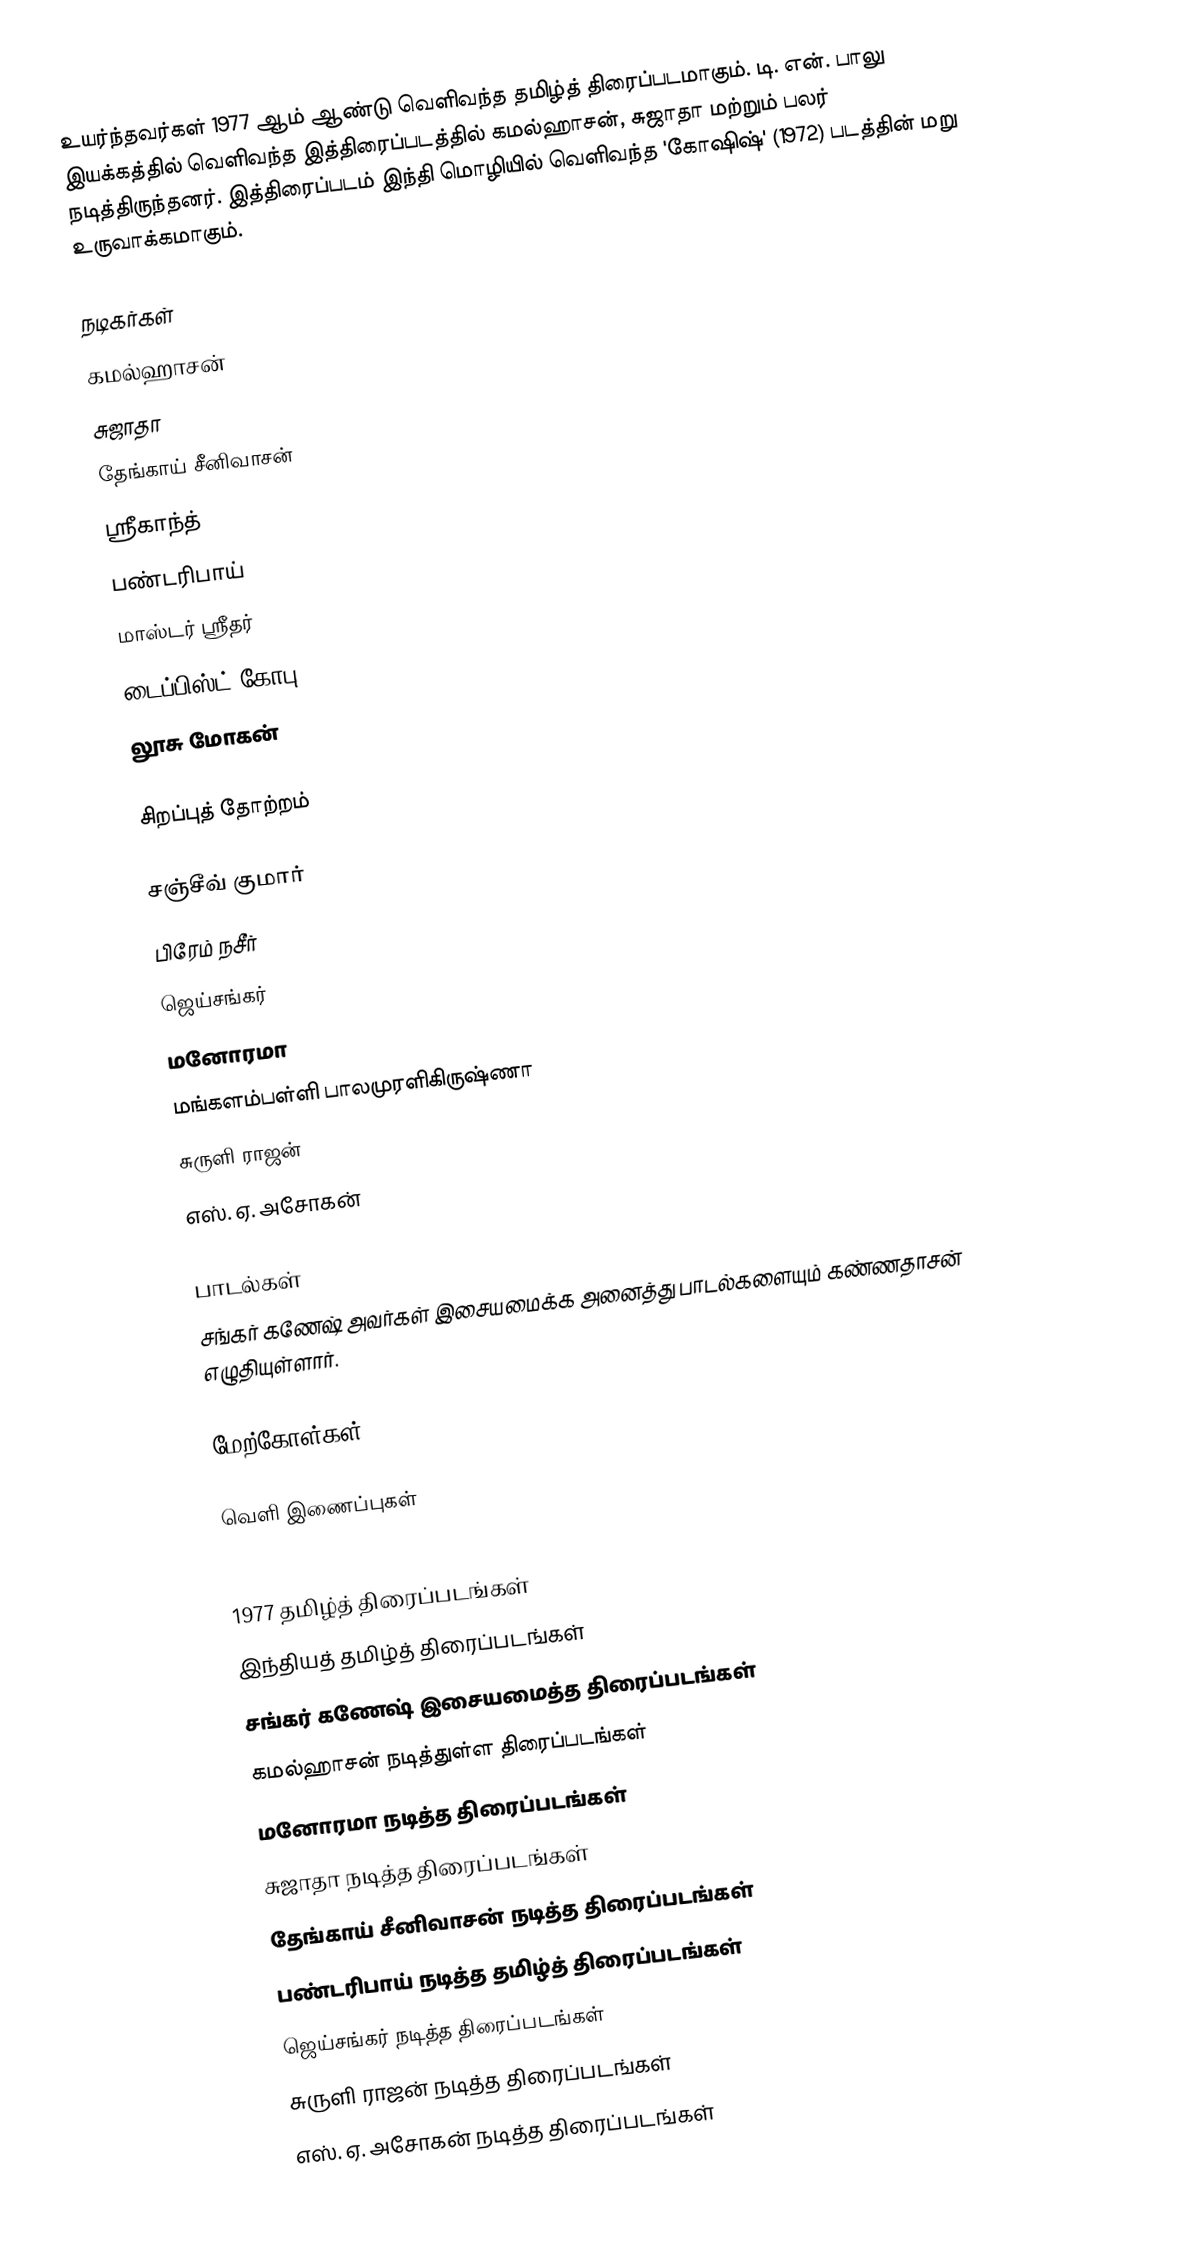
உயர்ந்தவர்கள் 1977 ஆம் ஆண்டு வெளிவந்த தமிழ்த் திரைப்படமாகும். டி. என். பாலு இயக்கத்தில் வெளிவந்த இத்திரைப்படத்தில் கமல்ஹாசன், சுஜாதா மற்றும் பலர் நடித்திருந்தனர். இத்திரைப்படம் இந்தி மொழியில் வெளிவந்த 'கோஷிஷ்' (1972) படத்தின் மறு உருவாக்கமாகும்.

நடிகர்கள்
கமல்ஹாசன்
சுஜாதா
தேங்காய் சீனிவாசன்
ஸ்ரீகாந்த்
பண்டரிபாய்
மாஸ்டர் ஸ்ரீதர்
டைப்பிஸ்ட் கோபு
லூசு மோகன்

சிறப்புத் தோற்றம்

சஞ்சீவ் குமார்
பிரேம் நசீர்
ஜெய்சங்கர்
மனோரமா
மங்களம்பள்ளி பாலமுரளிகிருஷ்ணா
சுருளி ராஜன்
எஸ். ஏ. அசோகன்

பாடல்கள்
சங்கர் கணேஷ் அவர்கள் இசையமைக்க அனைத்து பாடல்களையும் கண்ணதாசன் எழுதியுள்ளார்.

மேற்கோள்கள்

வெளி இணைப்புகள்

1977 தமிழ்த் திரைப்படங்கள்
இந்தியத் தமிழ்த் திரைப்படங்கள்
சங்கர் கணேஷ் இசையமைத்த திரைப்படங்கள்
கமல்ஹாசன் நடித்துள்ள திரைப்படங்கள்
மனோரமா நடித்த திரைப்படங்கள்
சுஜாதா நடித்த திரைப்படங்கள்
தேங்காய் சீனிவாசன் நடித்த திரைப்படங்கள்
பண்டரிபாய் நடித்த தமிழ்த் திரைப்படங்கள்
ஜெய்சங்கர் நடித்த திரைப்படங்கள்
சுருளி ராஜன் நடித்த திரைப்படங்கள்
எஸ். ஏ. அசோகன் நடித்த திரைப்படங்கள்